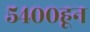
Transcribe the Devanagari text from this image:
५४००हून